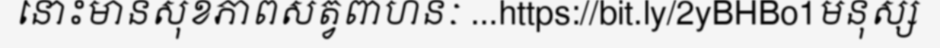
នោះមានសុខភាពសត្វពាហនៈ ...https://bit.ly/2yBHBo1មនុស្ស